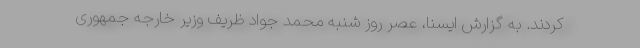
کردند. به گزارش ایسنا، عصر روز شنبه محمد جواد ظریف وزیر خارجه جمهوری